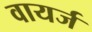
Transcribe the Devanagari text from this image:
वायर्ज